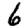
Digit: 6